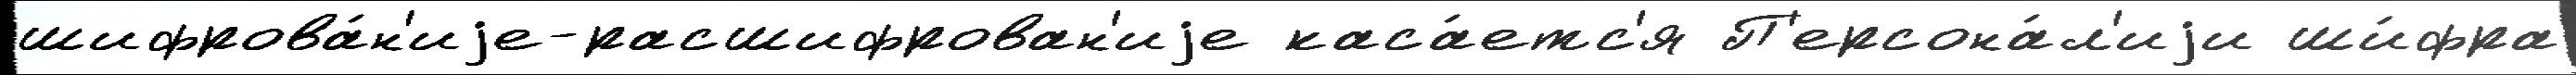
шифрова́н'иjе-расшифрован'иjе каса́етс'я П'ерсона́л'иjи ши́фра